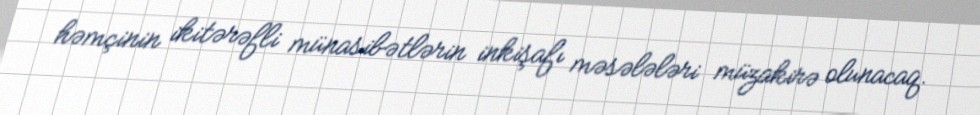
həmçinin ikitərəfli münasibətlərin inkişafı məsələləri müzakirə olunacaq.